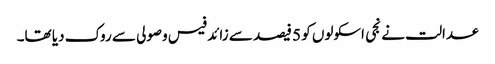
عدالت نے نجی اسکولوں کو 5 فیصد سے زائد فیس وصولی سے روک دیا تھا۔